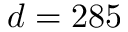
d = 2 8 5